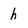
Character: h